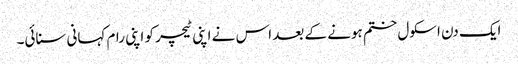
ایک دن اسکول ختم ہونے کے بعد اس نے اپنی ٹیچر کو اپنی رام کہانی سنائی۔